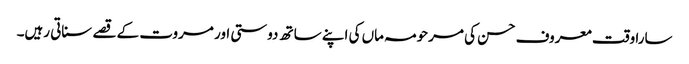
سارا وقت معروف حسن کی مرحومہ ماں کی اپنے ساتھ دوستی اور مروت کے قصے سناتی رہیں۔